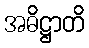
အဓိဋ္ဌာတိ